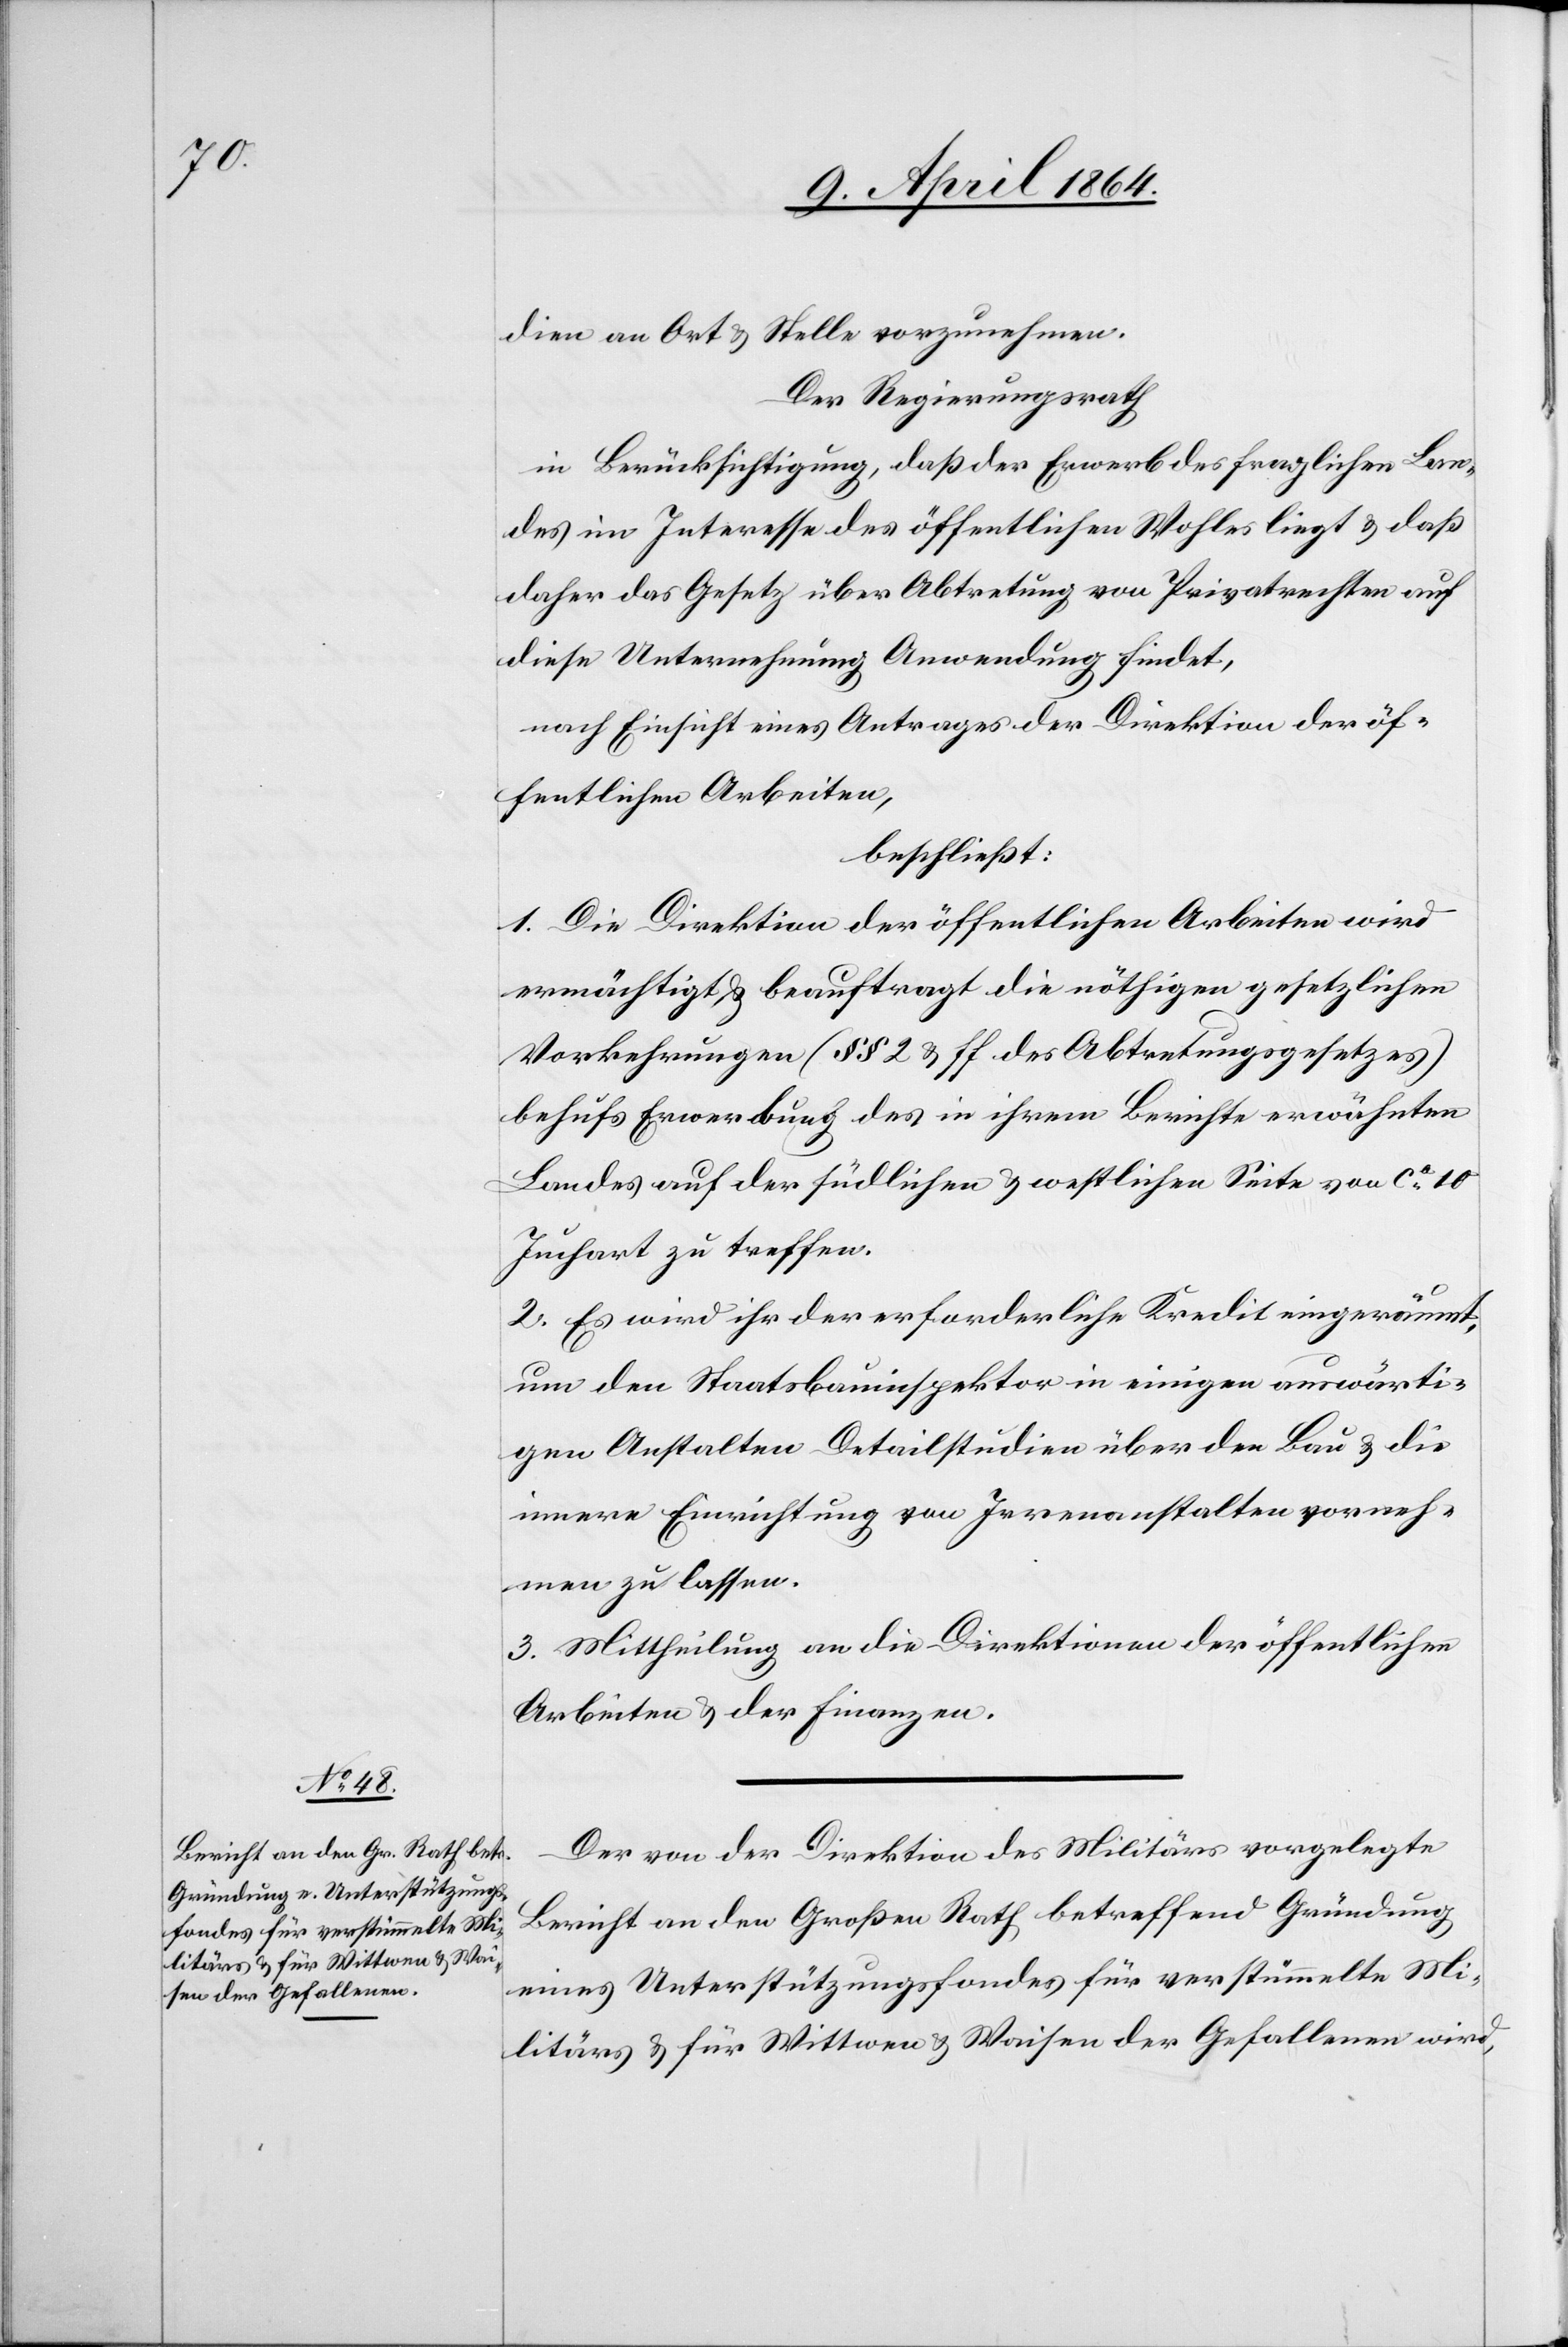
dien an Ort u. Stelle vorzunehmen.
Der Regierungsrath
in Berücksichtigung, daß der Erwerb des fraglichen Lan¬
des im Interesse des öffentlichen Wohles liegt u. daß
daher das Gesetz über Abtretung von Privatrechten auf
diese Unternehmung Anwendung findet,
nach Einsicht eines Antrages der Direktion der öf¬
fentlichen Arbeiten,
beschließt:
1. Die Direktion der öffentlichen Arbeiten wird
ermächtigt u. beauftragt die nöthigen gesetzlichen
Vorkehrungen (§§ 2 u. ff. des Abtretungsgesetzes)
behufs Erwerbung des in ihrem Berichte erwähnten
Landes auf der südlichen u. westlichen Seite von ca 10
Juchart zu treffen.
2. Es wird ihr der erforderliche Kredit eingeräumt,
um den Staatsbauinspektor in einigen auswärti¬
gen Anstalten Detailstudien über den Bau u. die
innere Einrichtung von Irrenanstalten vorneh¬
men zu lassen.
3. Mittheilung an die Direktionen der öffentlichen
Arbeiten u. der Finanzen.
Der von der Direktion des Militärs vorgelegte
Bericht an den Großen Rath betreffend Gründung
eines Unterstützungsfondes für verstümmelte Mi¬
litärs u. für Wittwen u. Waisen der Gefallenen wird,